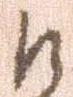
候